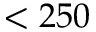
< 2 5 0